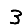
Digit: 3